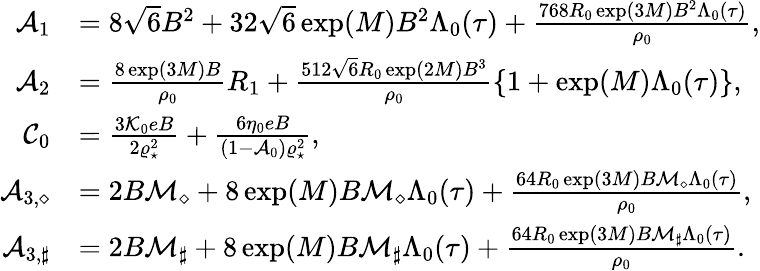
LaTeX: \begin{array}{rl}{{\cal A}_{1}}&{=8\sqrt{6}B^{2}+32\sqrt{6}\exp(M)B^{2}\Lambda_{0}(\tau)+\frac{768R_{0}\exp(3M)B^{2}\Lambda_{0}(\tau)}{\rho_{0}},}\\ {{\cal A}_{2}}&{=\frac{8\exp(3M)B}{\rho_{0}}R_{1}+\frac{512\sqrt{6}R_{0}\exp(2M)B^{3}}{\rho_{0}}\{ 1+\exp(M)\Lambda_{0}(\tau)\} ,}\\ {{\cal C}_{0}}&{=\frac{3{\cal K}_{0}eB}{2\varrho_{\star}^{2}}+\frac{6\eta_{0}eB}{(1-{\cal A}_{0})\varrho_{\star}^{2}},}\\ {{\cal A}_{3,\diamond}}&{=2B{\cal M}_{\diamond}+8\exp(M)B{\cal M}_{\diamond}\Lambda_{0}({\tau})+\frac{64R_{0}\exp(3M)B{\cal M}_{\diamond}\Lambda_{0}(\tau)}{\rho_{0}},}\\ {{\cal A}_{3,\sharp}}&{=2B{\cal M}_{\sharp}+8\exp(M)B{\cal M}_{\sharp}\Lambda_{0}({\tau})+\frac{64R_{0}\exp(3M)B{\cal M}_{\sharp}\Lambda_{0}(\tau)}{\rho_{0}}.}\end{array}